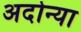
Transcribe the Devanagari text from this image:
अदोन्या